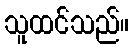
သူထင်သည်။